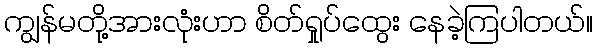
ကျွန်မတို့အားလုံးဟာ စိတ်ရှုပ်ထွေး နေခဲ့ကြပါတယ်။